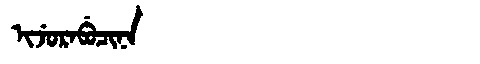
Manchu: ᡳᠵᡠᡵᠠᠪᡠᠴᡳᠨᠠ
Romanization: IJURABUCINA